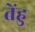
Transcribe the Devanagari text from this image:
तेंहु